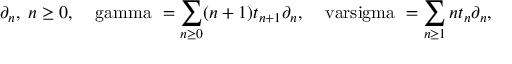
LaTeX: \partial _ { n } , \; n \geq 0 , \, \; \mathrm { \boldmath ~ \ g a m m a ~ } = \sum _ { n \geq 0 } ( n + 1 ) t _ { n + 1 } \partial _ { n } , \, \; \mathrm { \boldmath ~ \ v a r s i g m a ~ } = \sum _ { n \geq 1 } n t _ { n } \partial _ { n } ,